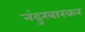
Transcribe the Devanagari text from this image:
नंदुरबारकर